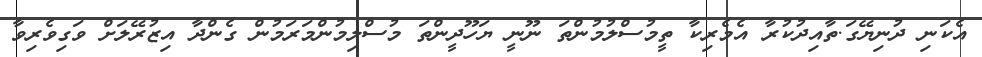
އެކަނިި ދުނިޔޭގަ.ތާއިދުކުރާ އެމެރިކާ ތީމުސްލުމުންތަ ނޫނީ ޔަހޫދީންތަ މުސްލިމުންމަރަމުން ގެންދާ އިޒުރޭލަށް ވަގިވެރިވާ